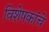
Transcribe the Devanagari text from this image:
विशेषकांचे